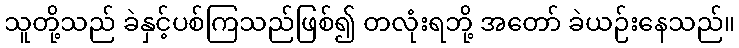
သူတို့သည် ခဲနှင့်ပစ်ကြသည်ဖြစ်၍ တလုံးရဘို့ အတော် ခဲယဉ်းနေသည်။